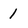
Character: i